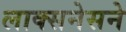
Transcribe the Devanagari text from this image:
लाक्सनेसने